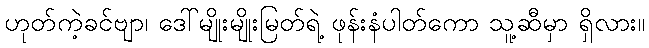
ဟုတ်ကဲ့ခင်ဗျာ၊ ဒေါ်မျိုးမျိုးမြတ်ရဲ့ ဖုန်းနံပါတ်ကော သူ့ဆီမှာ ရှိလား။